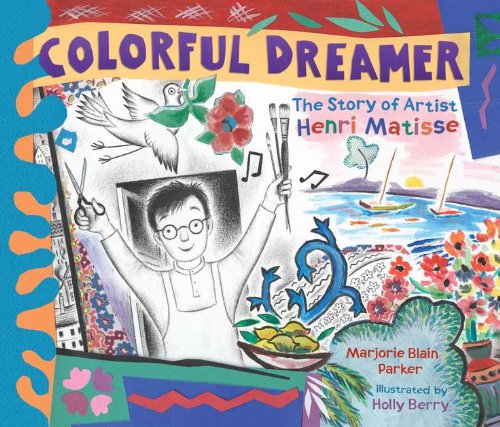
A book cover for Colorful Dreamer: The Story of Artist Henri Matisse; Marjorie Blain Parker; Children's Books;